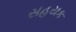
સહયક